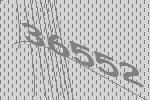
36552